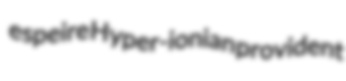
espeire Hyper-ionian provident